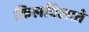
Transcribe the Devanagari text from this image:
किलबिलाते